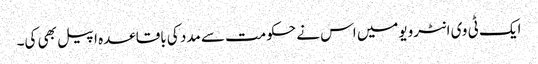
ایک ٹی وی انٹرویومیں اس نے حکومت سے مدد کی باقاعدہ اپیل بھی کی۔